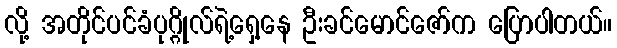
လို့ အတိုင်ပင်ခံပုဂ္ဂိုလ်ရဲ့ရှေ့နေ ဦးခင်မောင်ဇော်က ပြောပါတယ်။